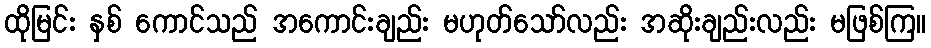
ထိုမြင်း နှစ် ကောင်သည် အကောင်းချည်း မဟုတ်သော်လည်း အဆိုးချည်းလည်း မဖြစ်ကြ။